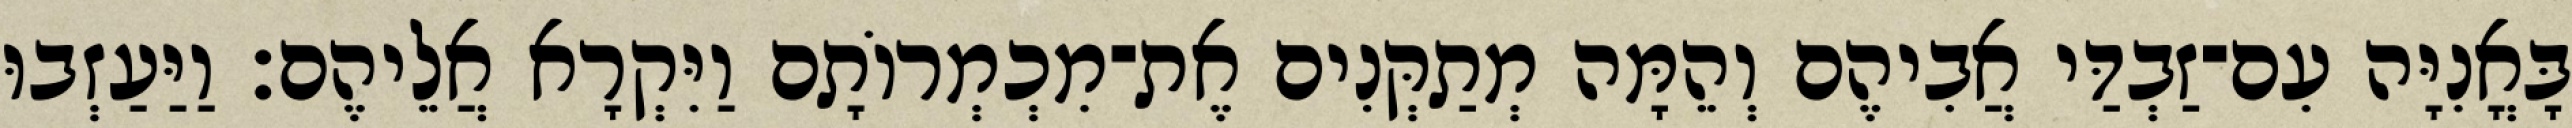
בָּאֳנִיָּה עִם־זַבְדַּי אֲבִיהֶם וְהֵמָּה מְתַקְּנִים אֶת־מִכְמְרוֹתָם וַיִּקְרָא אֲלֵיהֶם׃ וַיַּעַזְבוּ